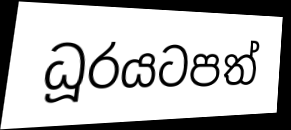
ධූරයටපත්